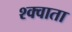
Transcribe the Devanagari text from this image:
श्क्वाता